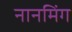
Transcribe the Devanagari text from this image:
नानमिंग